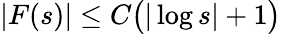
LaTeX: |F(s)|\le C\bigl(|\log s|+1\bigr)